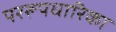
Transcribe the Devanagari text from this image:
पररूपधारिका